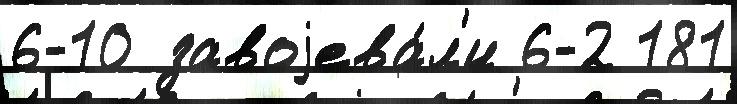
6-10 завоjева́л'и 6-2 181